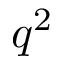
q ^ { 2 }